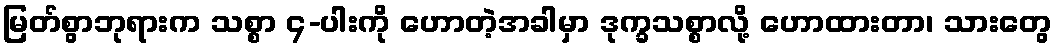
မြတ်စွာဘုရားက သစ္စာ ၄-ပါးကို ဟောတဲ့အခါမှာ ဒုက္ခသစ္စာလို့ ဟောထားတာ၊ သားတွေ